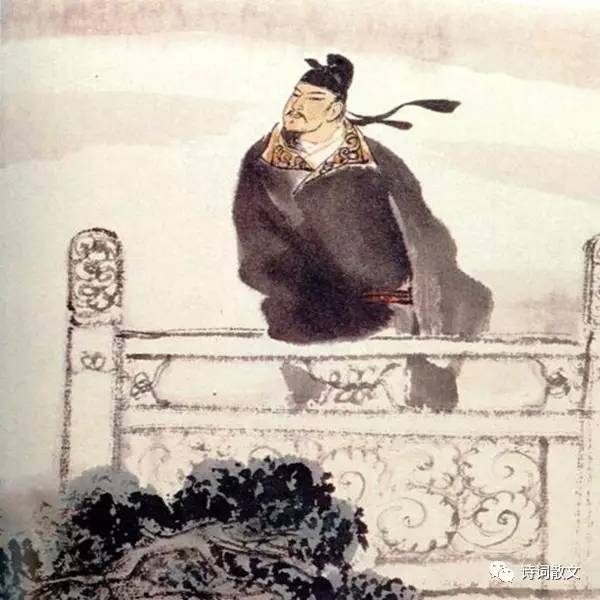
前不见古人，后不见来者。